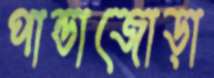
পান্ডাজোড়া